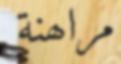
مراھنة